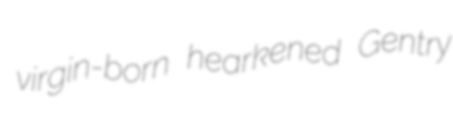
virgin-born hearkened Gentry